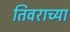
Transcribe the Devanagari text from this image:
तिवराच्या